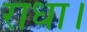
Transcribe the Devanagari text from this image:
राधा।